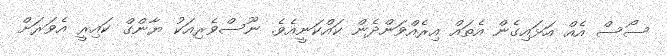
ސޯސް އެއް އަޅައިގެން އެތައް އިރެއްވަންދެން ކައްކަނީއެވެ. ނޫސްވެރިއަކު ޔާންގް ކައިރީ އެވަރަށް